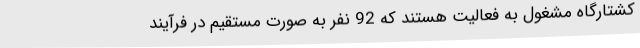
کشتارگاه مشغول به فعالیت هستند که 92 نفر به صورت مستقیم در فرآیند